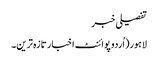
تفصیلی خبر
لاہور(اُردو پوائنٹ اخبار تازہ ترین۔